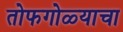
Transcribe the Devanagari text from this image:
तोफगोळ्याचा